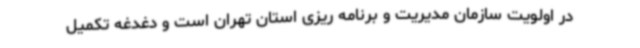
در اولویت سازمان مدیریت و برنامه ریزی استان تهران است و دغدغه تکمیل